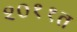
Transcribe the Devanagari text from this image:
२०११त